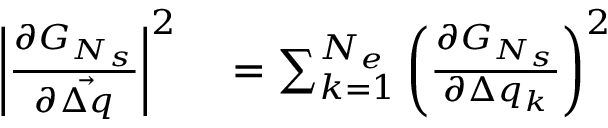
\begin{array} { r l } { \left\vert \frac { \partial G _ { N _ { s } } } { \partial \vec { \Delta q } } \right\vert ^ { 2 } } & { { } = \sum _ { k = 1 } ^ { N _ { e } } { \left( \frac { \partial G _ { N _ { s } } } { \partial \Delta q _ { k } } \right) ^ { 2 } } } \end{array}